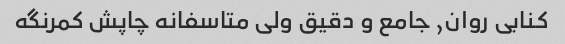
کنابی روان, جامع و دقیق ولی متاسفانه چاپش کمرنگه